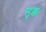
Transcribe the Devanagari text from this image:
सृक्क